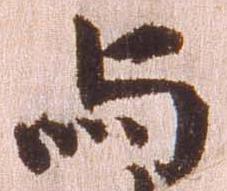
与